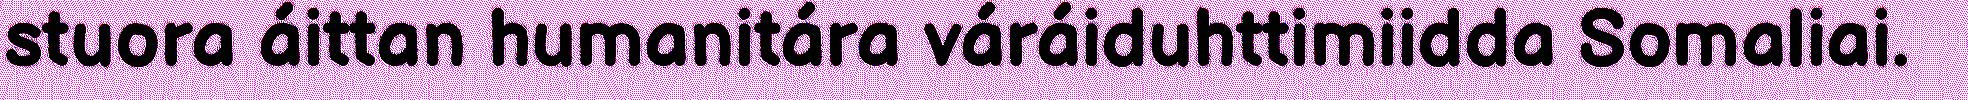
stuora áittan humanitára váráiduhttimiidda Somaliai.